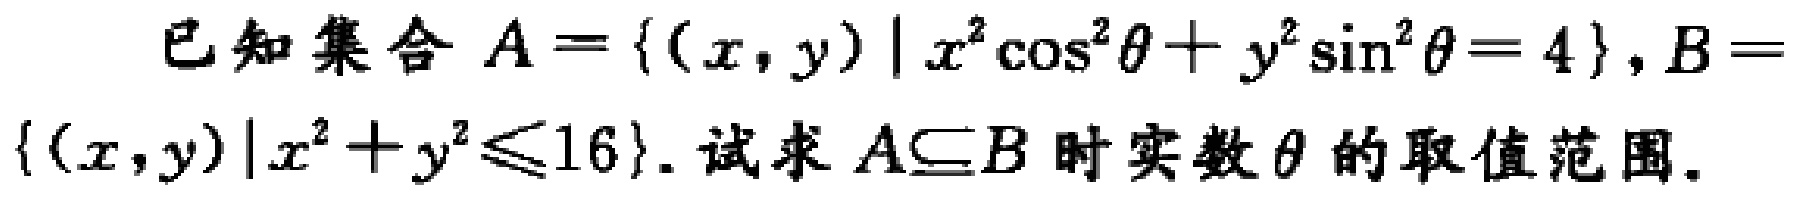
已知集合\(A =\{(x,y)|x^{2}\cos^{2}\theta + y^{2}\sin^{2}\theta = 4\}\)，\(B =\{(x,y)|x^{2}+y^{2}\leq16\}\)。试求\(A\subseteq B\)时实数\(\theta\)的取值范围。